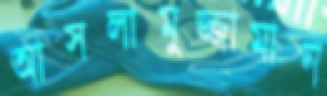
আসলামুজ্জামান